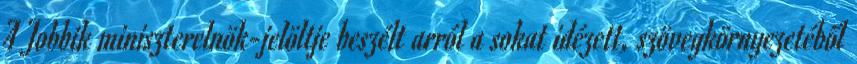
A Jobbik miniszterelnök-jelöltje beszélt arról a sokat idézett, szövegkörnyezetéből